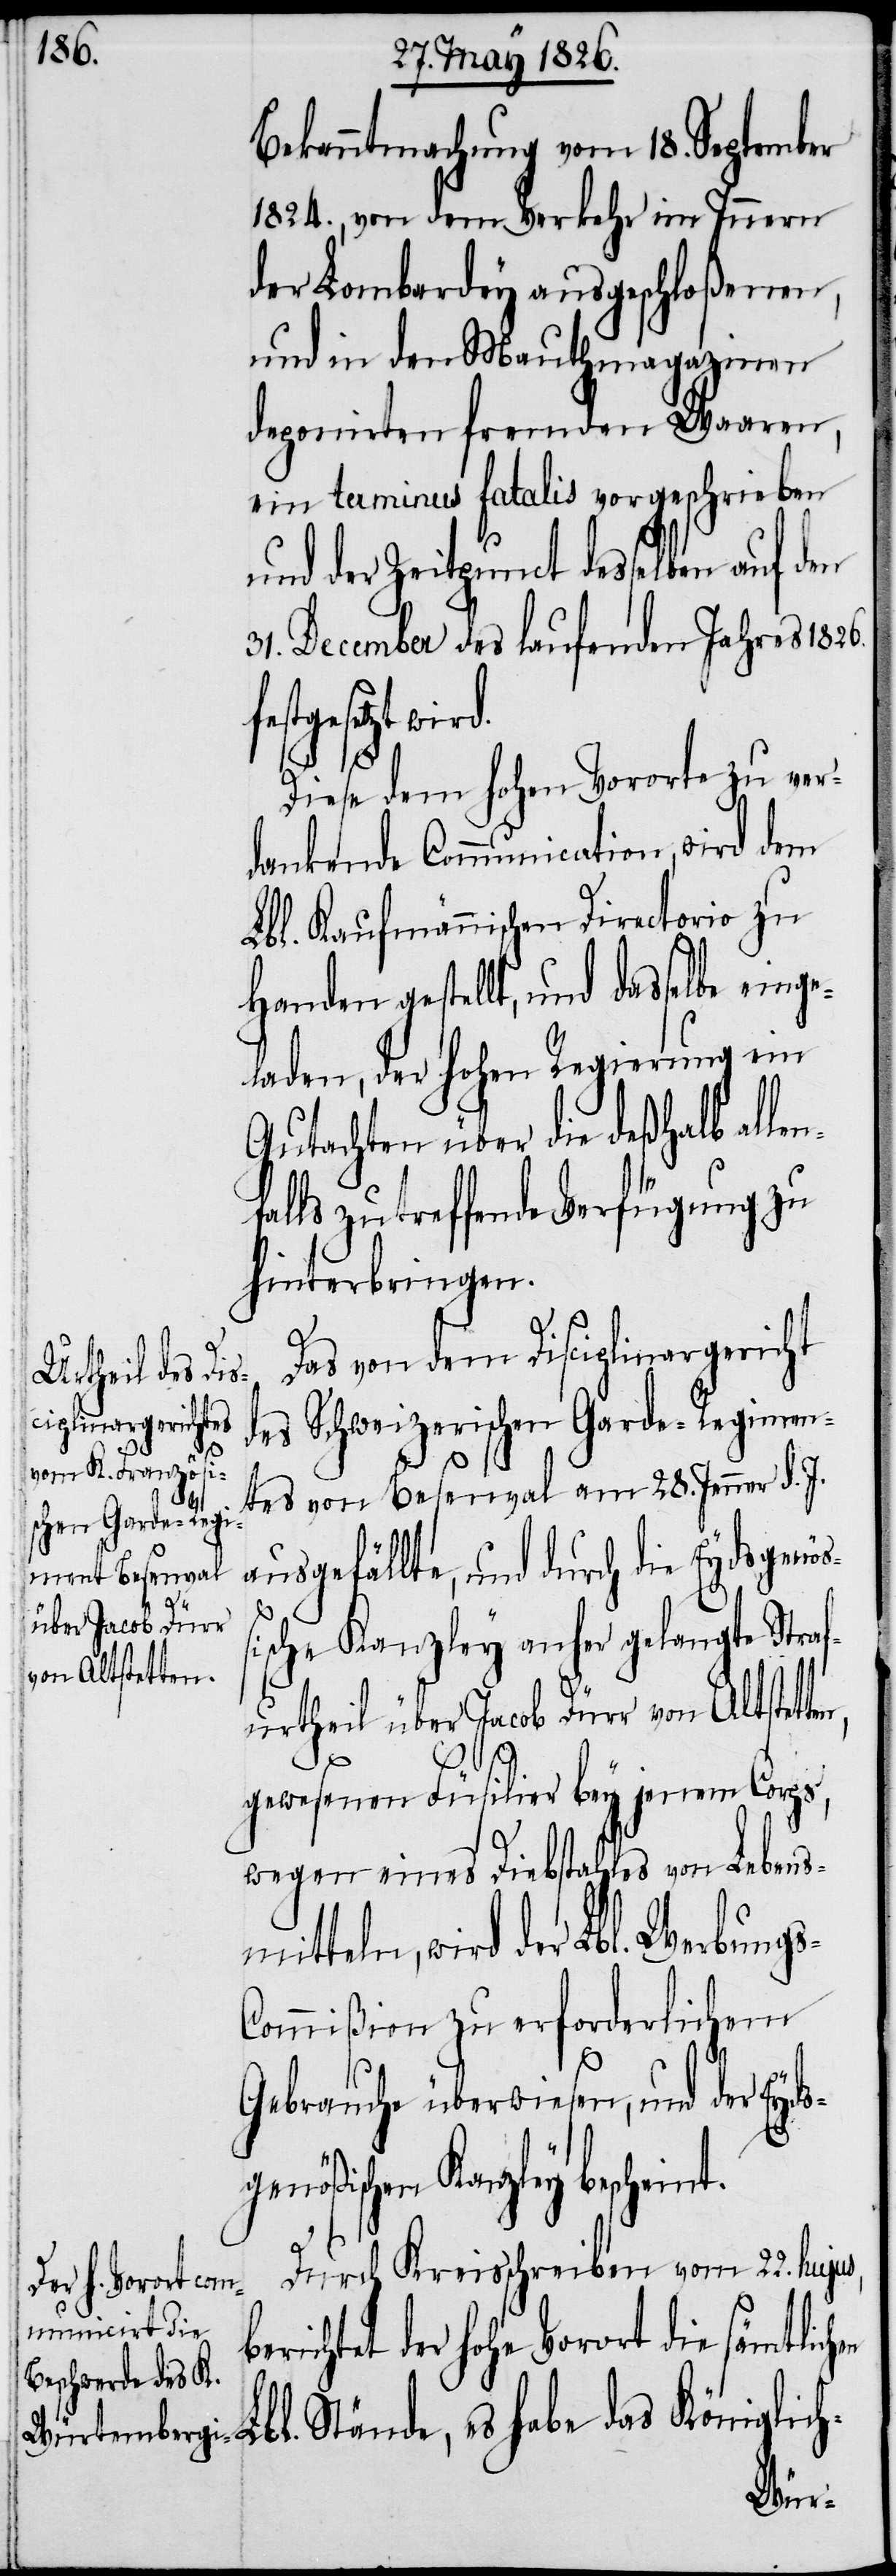
Bekanntmachung vom 18. September
1824., von dem Verkehr im Innern
der Lombardey ausgeschloßenen,
und in den Mauthmagazinen
deponirten fremden Waaren,
ein terminus fatalis vorgeschrieben
und der Zeitpunct desselben auf den
31. December des laufenden Jahres 1826.
festgesetzt wir¬
s,
Diese dem hohen Vororte zu ver¬
dankende Communication, wird dem
Lbl. Kaufmännischen Directorio zu
Handen gestellt, und dasselbe einge¬
laden, der hohen Regierung ein
Gutachten über die deßhalb alle¬
falls zu treffende Verfügung zu
hinterbringen.
Das von dem Disciplinargericht
des Schweizerischen Garde-Regimen¬
tes von Besenval am 28. Jenner d. J.
b¬
ausgefällte, und durch die Eydsgenöß¬
ische Kanzley anher gelangte Straf¬
urtheil über Jacob Dürr von Altstet¬
gewesenen Füsilier bey jenem Corps,
wegen eines Diebstahles von Lebens¬
mitteln, wird der Lbl. Werbung¬
ommißion zu erforderlichem
Gebrauche überwiesen, und der Eyds¬
genößischen Kanzely bescheint.
Durch Kreisschreiben vom 22. huju¬
erichtet der hohe Vorort die sämtlich¬
en Lbl. Stände, es habe das Königlich-